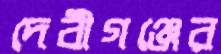
দেবীগঞ্জের